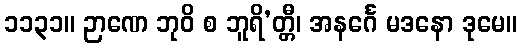
၁၁၃၁။ ဉာဏေ ဘုဝိ စ ဘူရိ’တ္တီ၊ အနင်္ဂေ မဒနော ဒုမေ။